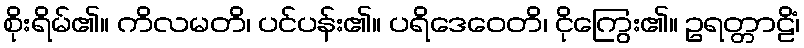
စိုးရိမ်၏။ ကိလမတိ၊ ပင်ပန်း၏။ ပရိဒေဝေတိ၊ ငိုကြွေး၏။ ဥရတ္တာဠိံ၊